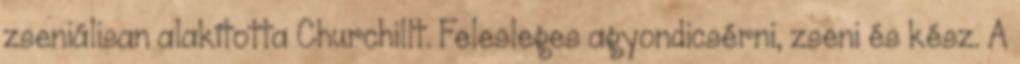
zseniálisan alakította Churchillt. Felesleges agyondicsérni, zseni és kész. A